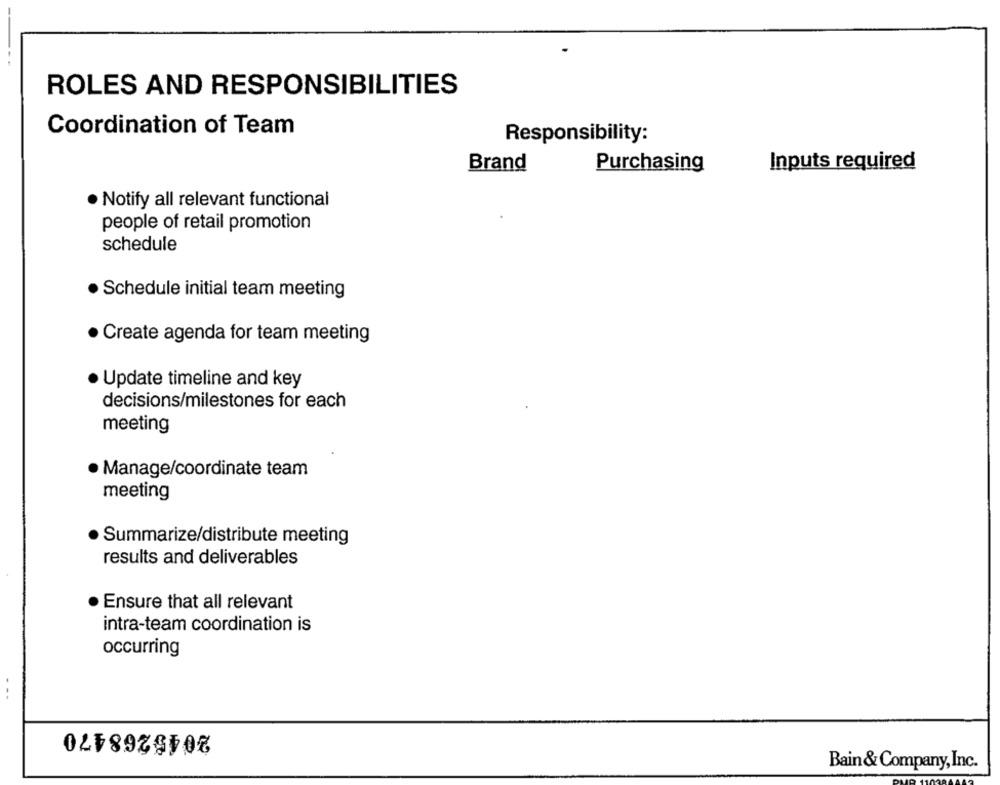
ROLES AND RESPONSIBILITIES
Coordination of Team
Responsibility:
Inputs required
Brand
Purchasing
· Notify all relevant functional
people of retail promotion
schedule
Schedule initial team meeting
· Create agenda for team meeting
· Update timeline and key
decisions/milestones for each
meeting
· Manage/coordinate team
meeting
·Summarize/distribute meeting
results and deliverables
Ensure that all relevant
intra-team coordination is
occurring
2045268470
Bain& Company, Inc.